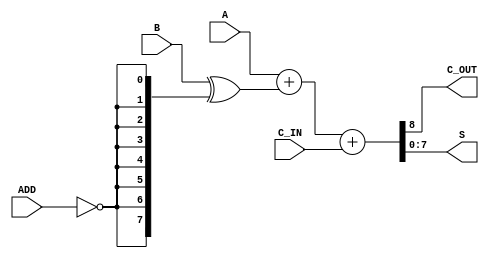
/****************************************************************************
sbd_adsu

- ADSU

Copyright (C) 2005 Samuel Brown 
sam.brown@sbdesign.org

This library is free software; you can redistribute it and/or
modify it under the terms of the GNU Lesser General Public
License as published by the Free Software Foundation; either
version 2.1 of the License, or (at your option) any later version.

This library is distributed in the hope that it will be useful,
but WITHOUT ANY WARRANTY; without even the implied warranty of
MERCHANTABILITY or FITNESS FOR A PARTICULAR PURPOSE.  See the GNU
Lesser General Public License for more details.

You should have received a copy of the GNU Lesser General Public
License along with this library; if not, write to the Free Software
Foundation, Inc., 51 Franklin St, Fifth Floor, Boston, MA  02110-1301  USA

****************************************************************************/

module sbd_adsu(A,B,ADD,C_IN,C_OUT,S);
 
parameter bitlength=8;

    input [bitlength-1:0] A;
    input [bitlength-1:0] B;
    input ADD;
    input C_IN;
    output wire C_OUT;
    output wire [bitlength-1:0] S;
	
    wire [bitlength-1:0] Bx;
    wire [bitlength:0] tmp;
    
    assign Bx = B ^ {bitlength{~ADD}}; 
    assign tmp = A + Bx + C_IN;

    assign S = tmp[bitlength-1:0];
    assign C_OUT = tmp[bitlength];

endmodule